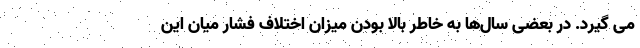
می گیرد. در بعضی سال‌ها به خاطر بالا بودن میزان اختلاف فشار میان این